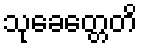
သုခေတ္တေတိ